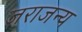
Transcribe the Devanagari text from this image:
जराजन्य